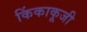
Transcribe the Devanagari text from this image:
किंकाकूजी